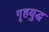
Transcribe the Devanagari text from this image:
गृहयुद्ध